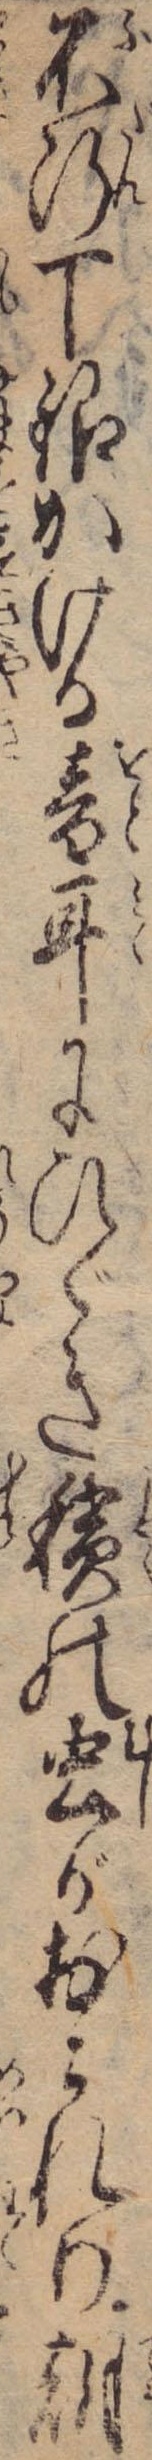
不断丁銀かける音耳にひゞき積の虫がおこれり朝